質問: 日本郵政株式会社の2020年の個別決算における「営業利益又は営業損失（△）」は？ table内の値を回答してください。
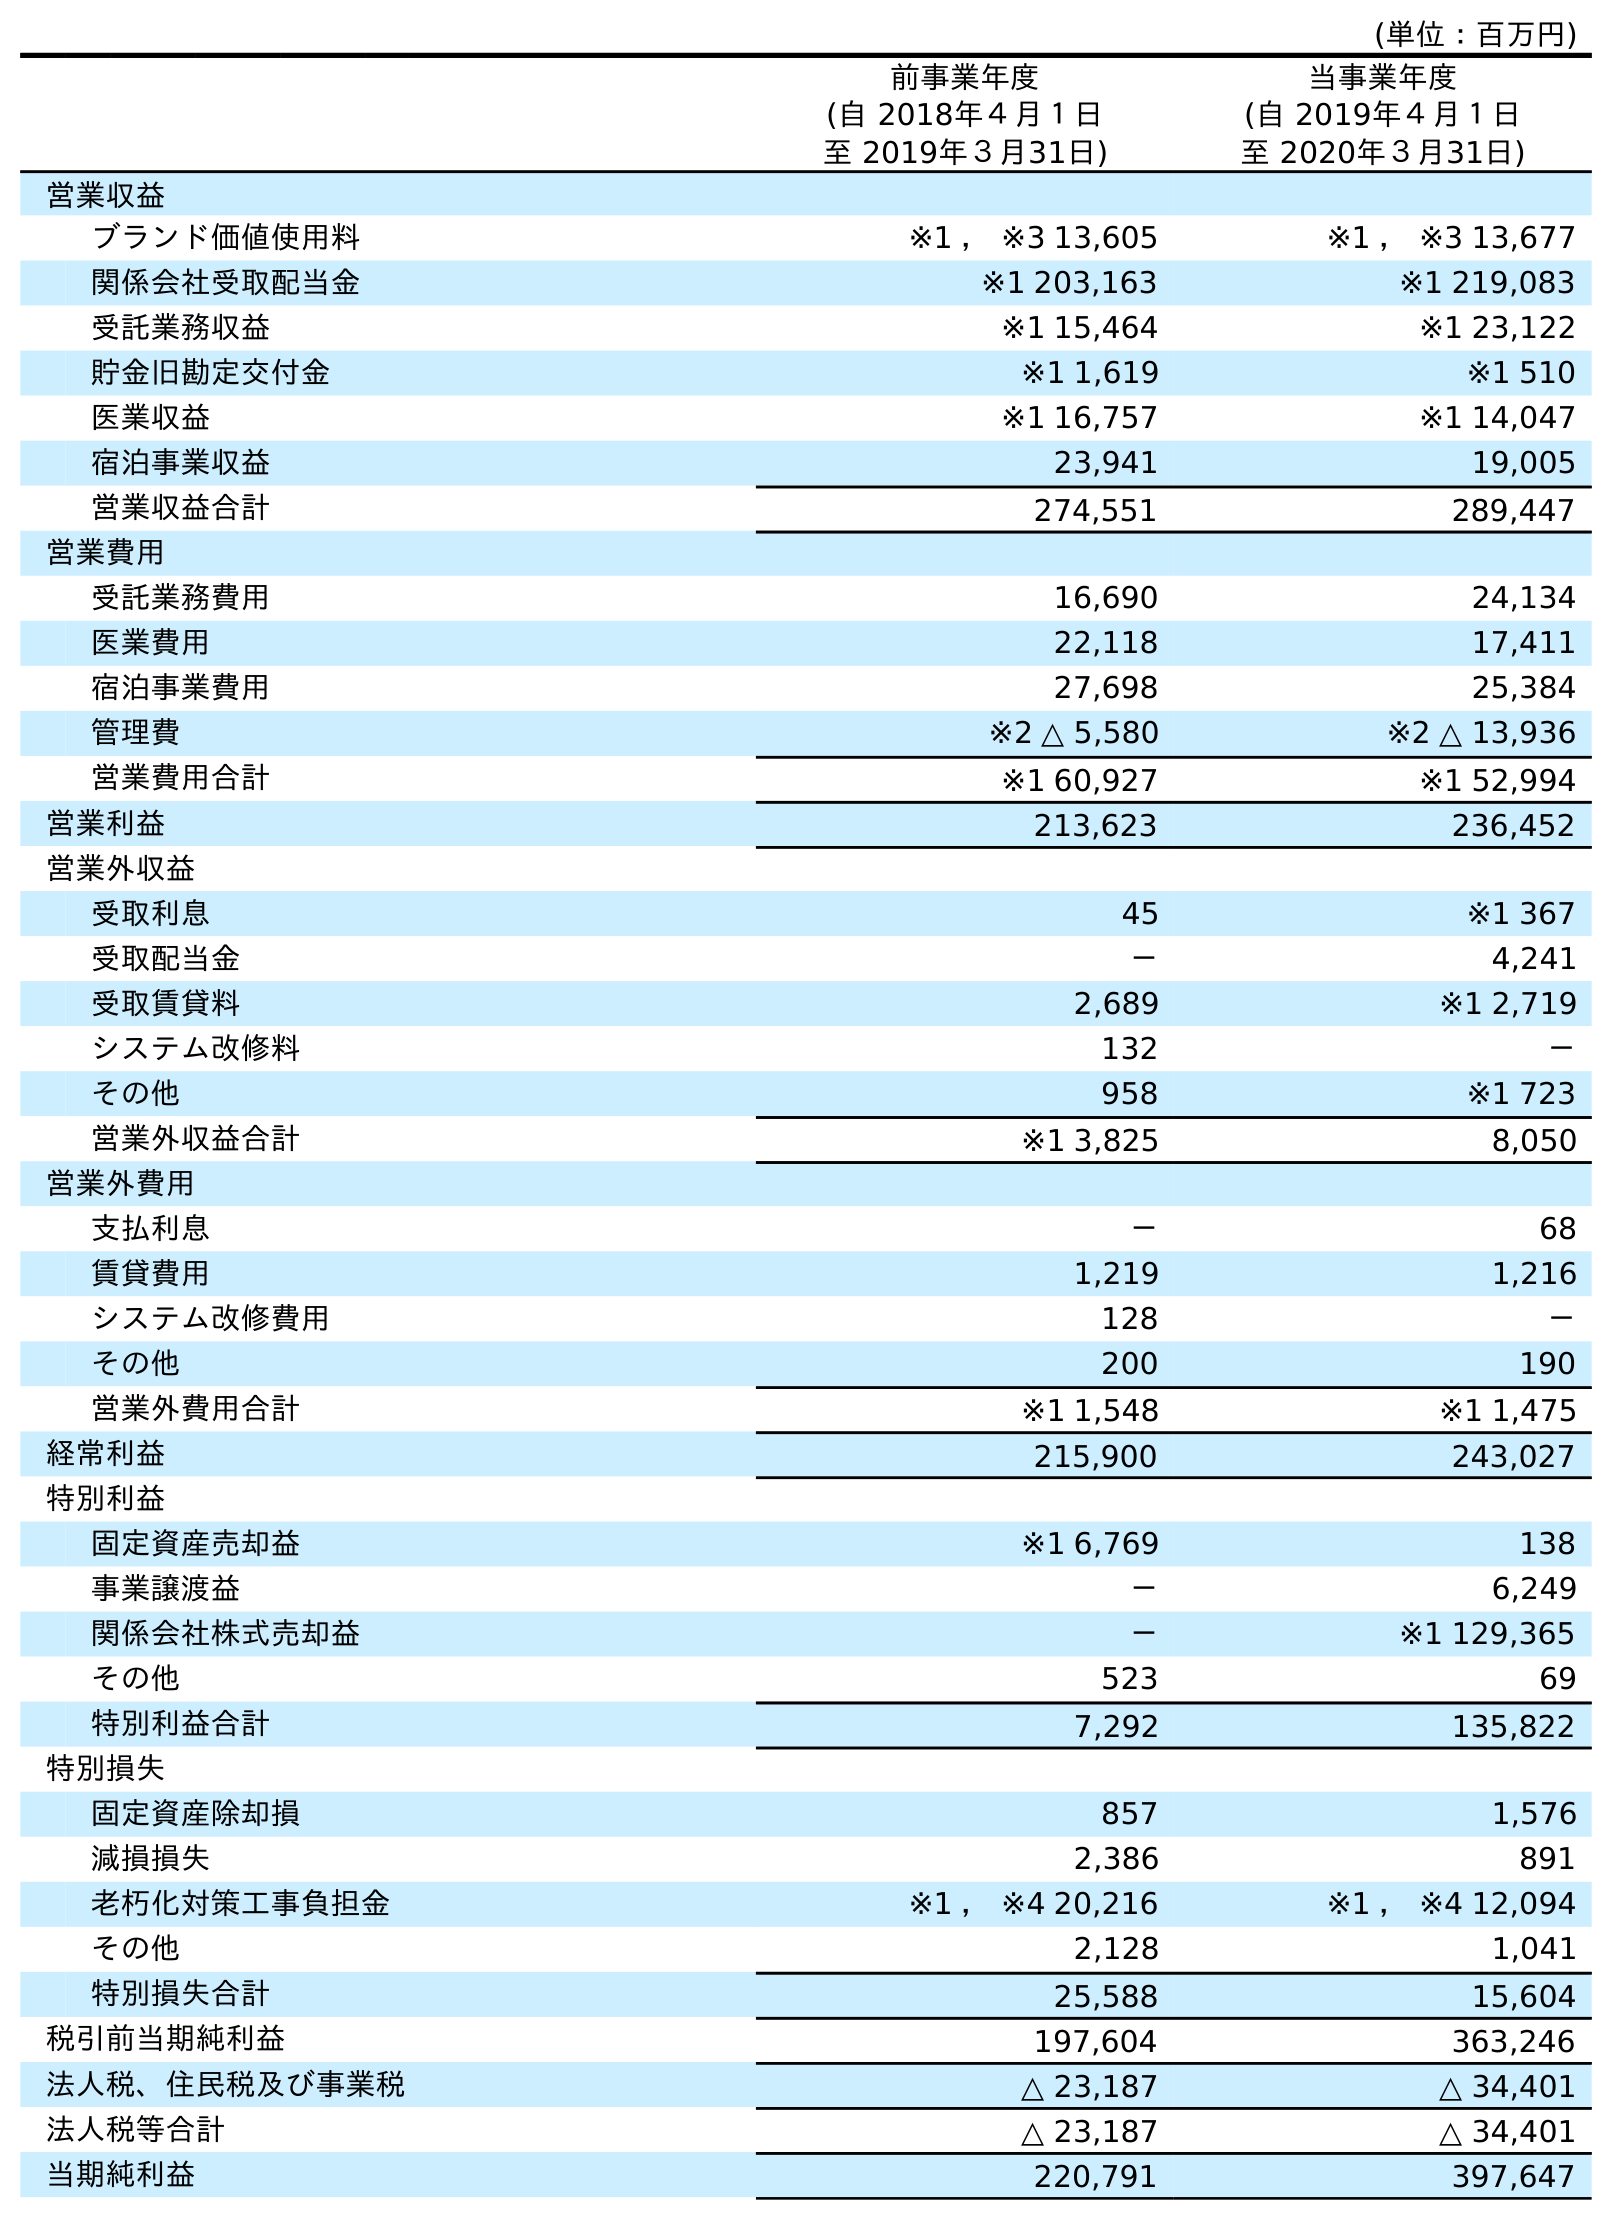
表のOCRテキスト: (単位：百万円) 前事業年度 (自 2018年４月１日 至 2019年３月31日) 当事業年度 (自 2019年４月１日 至 2020年３月31日) 営業収益 ブランド価値使用料 ※1 ， ※3 13,605 ※1 ， ※3 13,677 関係会社受取配当金 ※1 203,163 ※1 219,083 受託業務収益 ※1 15,464 ※1 23,122 貯金旧勘定交付金 ※1 1,619 ※1 510 医業収益 ※1 16,757 ※1 14,047 宿泊事業収益 23,941 19,005 営業収益合計 274,551 289,447 営業費用 受託業務費用 16,690 24,134 医業費用 22,118 17,411 宿泊事業費用 27,698 25,384 管理費 ※2 △ 5,580 ※2 △ 13,936 営業費用合計 ※1 60,927 ※1 52,994 営業利益 213,623 236,452 営業外収益 受取利息 45 ※1 367 受取配当金 － 4,241 受取賃貸料 2,689 ※1 2,719 システム改修料 132 － その他 958 ※1 723 営業外収益合計 ※1 3,825 8,050 営業外費用 支払利息 － 68 賃貸費用 1,219 1,216 システム改修費用 128 － その他 200 190 営業外費用合計 ※1 1,548 ※1 1,475 経常利益 215,900 243,027 特別利益 固定資産売却益 ※1 6,769 138 事業譲渡益 － 6,249 関係会社株式売却益 － ※1 129,365 その他 523 69 特別利益合計 7,292 135,822 特別損失 固定資産除却損 857 1,576 減損損失 2,386 891 老朽化対策工事負担金 ※1 ， ※4 20,216 ※1 ， ※4 12,094 その他 2,128 1,041 特別損失合計 25,588 15,604 税引前当期純利益 197,604 363,246 法人税、住民税及び事業税 △ 23,187 △ 34,401 法人税等合計 △ 23,187 △ 34,401 当期純利益 220,791 397,647
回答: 236,452